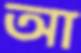
আ